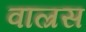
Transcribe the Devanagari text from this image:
वाल्रस